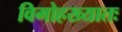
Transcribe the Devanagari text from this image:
विमोहख्यातः